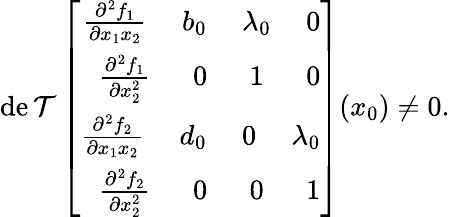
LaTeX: \operatorname*{de\mathcal{T}}\left[\begin{array}{r}{\frac{\partial^{2}f_{1}}{\partial x_{1}x_{2}}\ \ \ \ \ b_{0}\ \ \ \ \ \lambda_{0}\ \ \ \ \ 0}\\ {\frac{\partial^{2}f_{1}}{\partial x_{2}^{2}}\ \ \ \ \ \ 0\ \ \ \ \ \ 1\ \ \ \ \ \ 0}\\ {\frac{\partial^{2}f_{2}}{\partial x_{1}x_{2}}\ \ \ \ \ d_{0}\ \ \ \ \ 0\ \ \ \ \ \lambda_{0}}\\ {\frac{\partial^{2}f_{2}}{\partial x_{2}^{2}}\ \ \ \ \ \ 0\ \ \ \ \ \ 0\ \ \ \ \ \ 1}\end{array}\right]({x_{0}})\ne0.